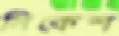
নিকেশ